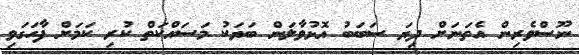
ނޫސްވެރިން އެތަނަށް ދިޔަ ސަބަބު އޮޅުވާލަން ބަޔަކު މަސައްކަތް ކުރި ކަމަށް ފާހަގަވި